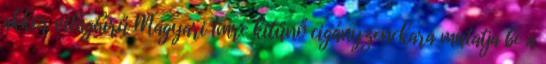
akkor világhírű Magyari Imre kitűnő cigányzenekara mutatja be a